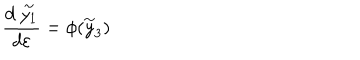
LaTeX: \frac { d \stackrel { \sim } { y _ { 1 } } } { d \varepsilon } = \phi ( \stackrel { \sim } { y } _ { 3 } )